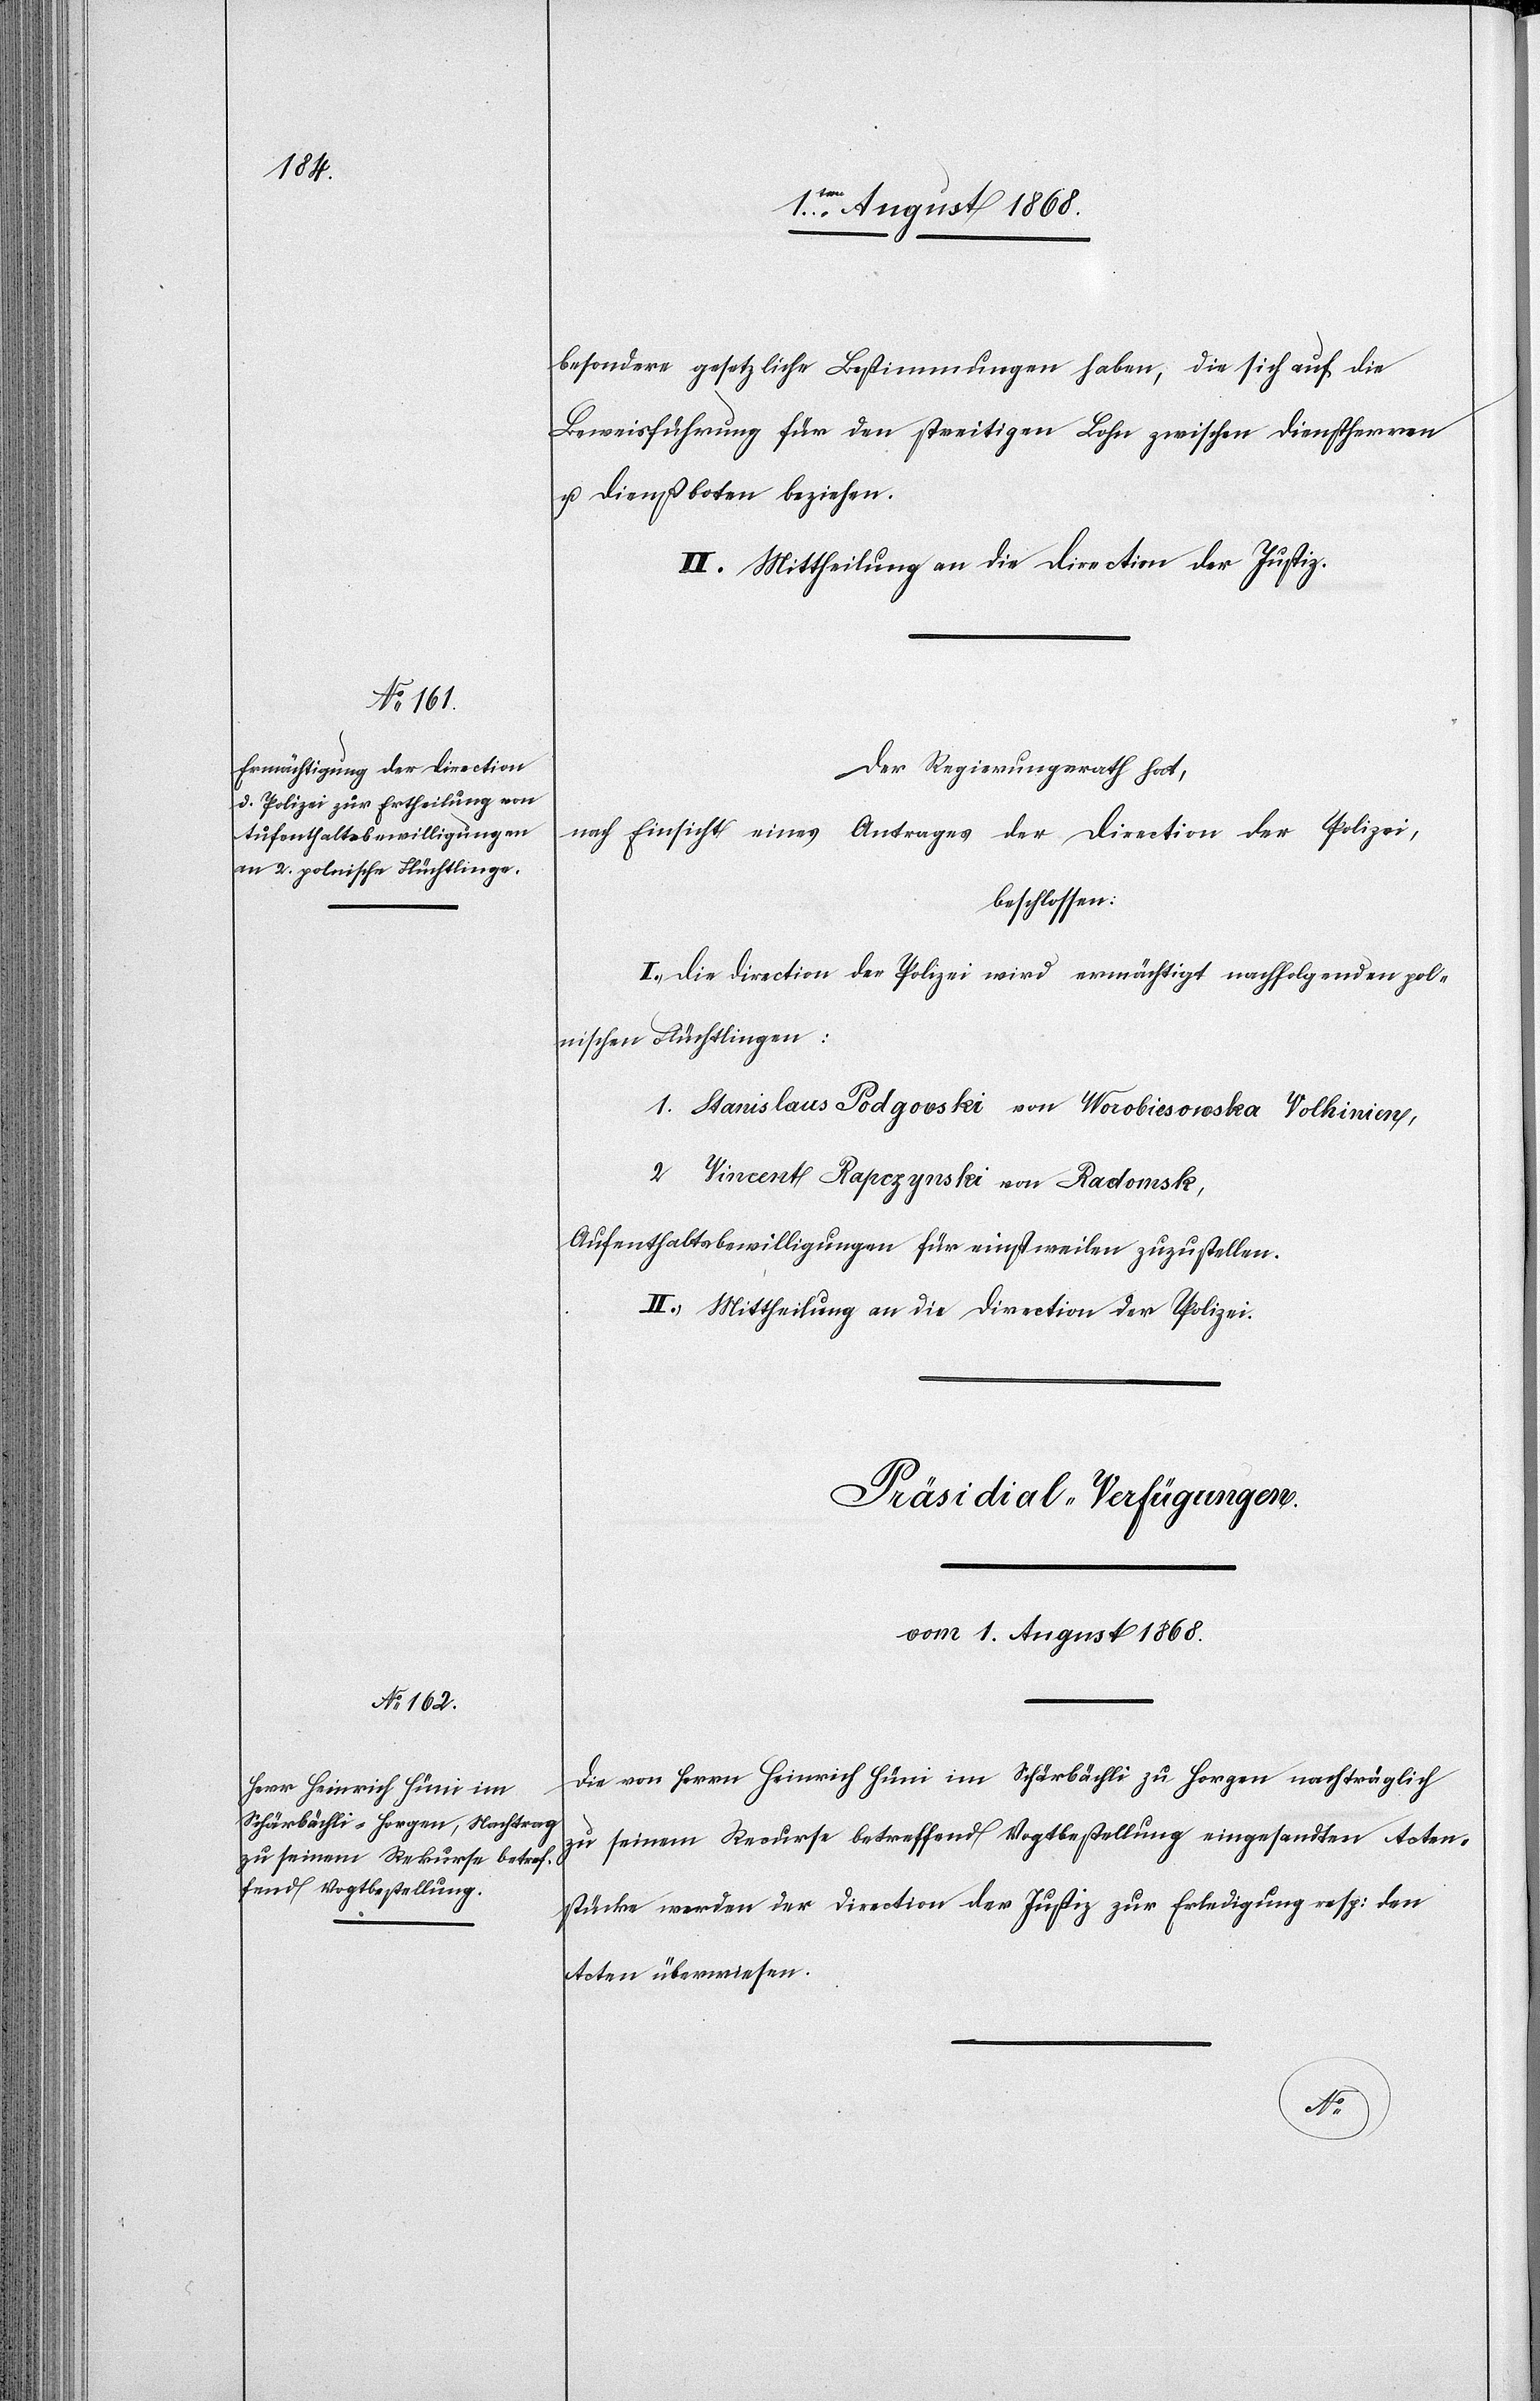
besondere gesetzliche Bestimmungen haben, die sich auf die
Beweisführung für den streitigen Lohn zwischen Dienstherren
u. Dienstboten beziehen.
II. Mittheilung an die Direction der Justiz.
Der Regierungsrath hat,
nach Einsicht eines Antrages der Direction der Polizei,
beschlossen:
I.) Die Direction der Polizei wird ermächtigt nachfolgenden pol¬
nischen Flüchtlingen:
1. Stanislaus Podgo[?v]ski von Worobiesowska Volhinien,
2. Vincent Rapczynski von Radomsk,
Aufenthaltsbewilligungen für einstweilen zuzustellen.
II.) Mittheilung an die Direction der Polizei.
Präsidial-Verfügungen.
vom 1. August 1868.
Die von Herrn Heinrich Hüni im Schärbächli zu Horgen nachträglich
zu seinem Recurse betreffend Vogtbestellung eingesandten Acten¬
stücke werden der Direction der Justiz zur Erledigung resp: den
Acten überwiesen.